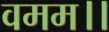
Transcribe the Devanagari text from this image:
वमम।।